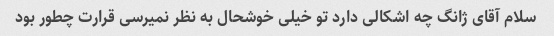
سلام آقای ژانگ چه اشکالی دارد تو خیلی خوشحال به نظر نمیرسی قرارت چطور بود